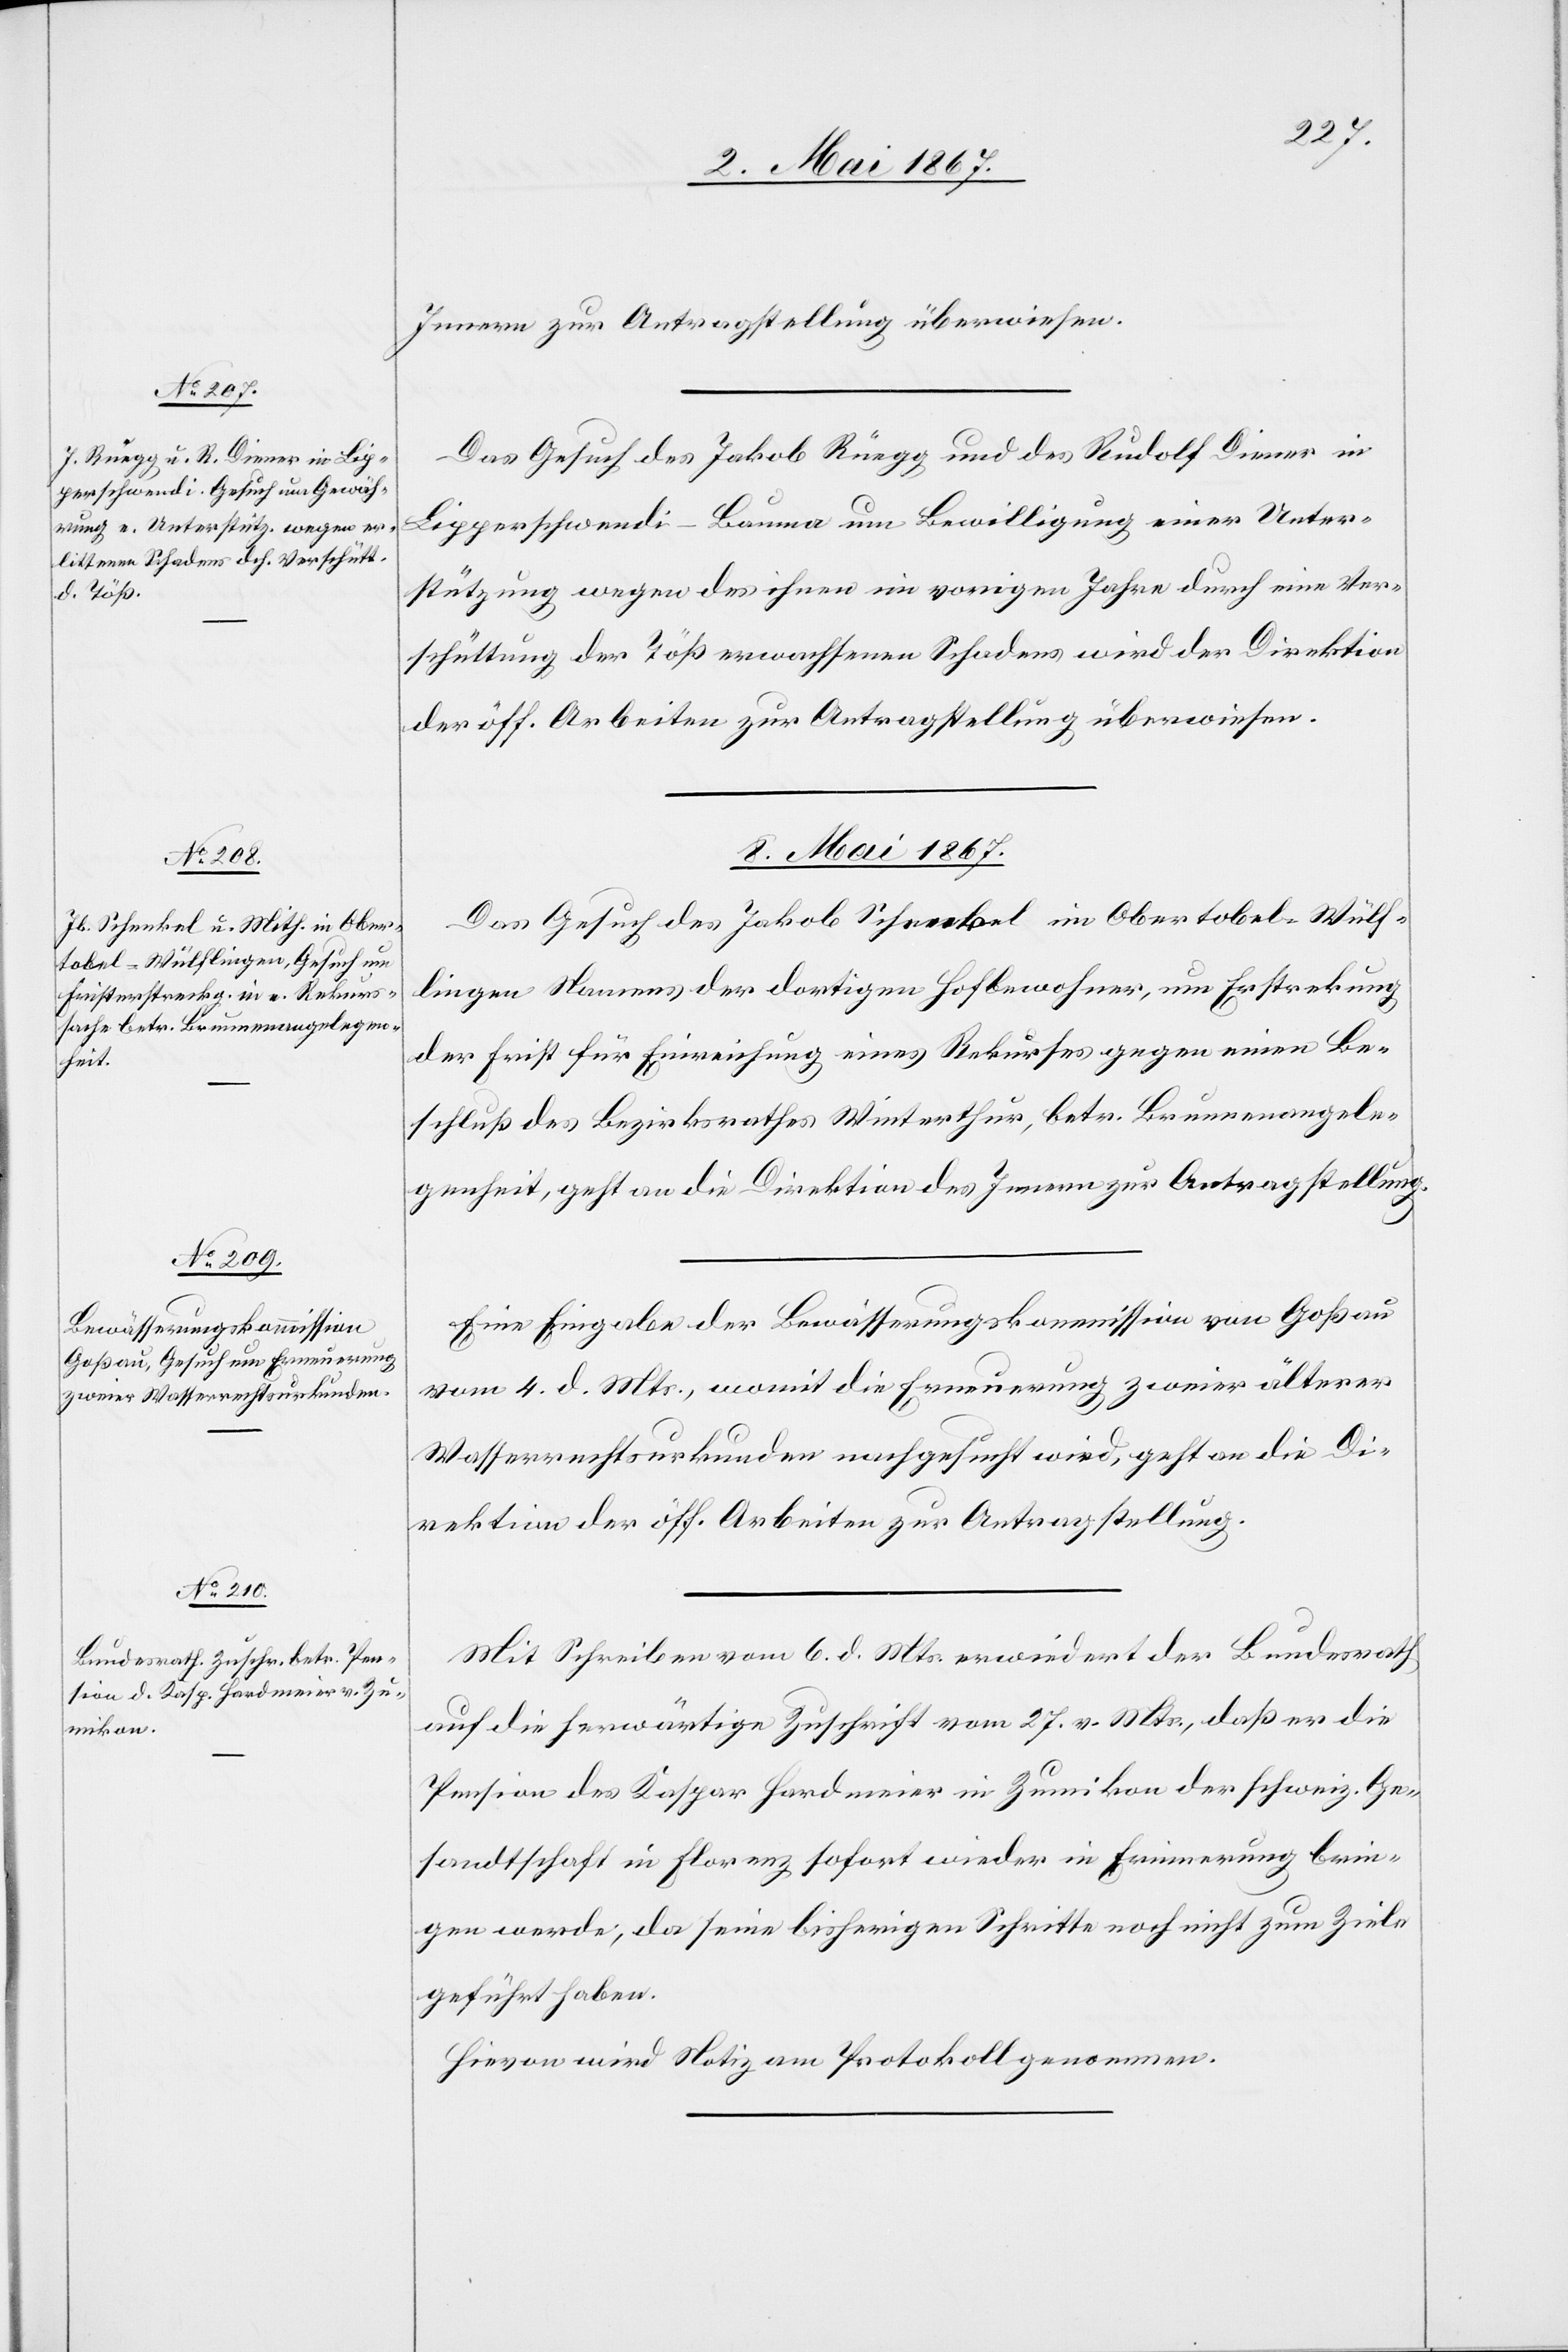
Innern zur Antragstellung überwiesen.
Das Gesuch des Jakob Rüegg und des Rudolf Diener in
Lipperschwendi-Bauma um Bewilligung einer Unter¬
stützung wegen des ihnen im vorigen Jahre durch eine Ver¬
schüttung der Töß erwachsenen Schadens wird der Direktion
der öff. Arbeiten zur Antragstellung überwiesen.
8. Mai 1867.]
Das Gesuch des Jakob Schenkel im Obertobel-Wülf¬
lingen Namens der dortigen Hofbewohner, um Erstreckung
der Frist für Einreichung eines Rekurses gegen einen Be¬
schluß des Bezirksrathes Winterthur, betr. Brunnenangele¬
genheit, geht an die Direktion des Innern zur Antragstellung.
Eine Eingabe der Bewässerungskommission von Goßau
vom 4. d. Mts., womit die Erneuerung zweier älterer
Wasserrechtsurkunden nachgesucht wird, geht an die Di¬
rektion der öff. Arbeiten zur Antragstellung.
Mit Schreiben vom 6. d. Mts. erwidert der Bundesrath
auf die herwärtige Zuschrift vom 27. v. Mts., daß er die
Pension des Kaspar Handmeier in Zumikon der schweiz. Ge¬
sandtschaft in Florenz sofort wieder in Erinnerung brin¬
gen werde, da seine bisherigen Schritte noch nicht zum Ziele
geführt haben.
Hievon wird Notiz am Protokoll genommen.